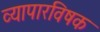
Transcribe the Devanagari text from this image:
व्यापारविषक